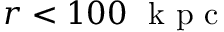
r < 1 0 0 ~ \mathrm { ~ k ~ p ~ c ~ }